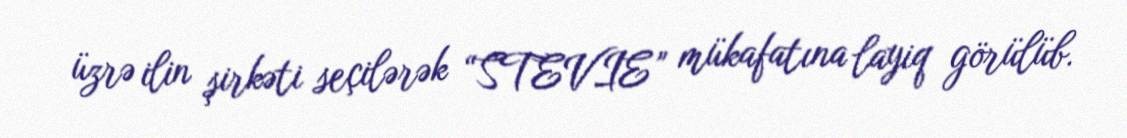
üzrə ilin şirkəti seçilərək “STEVIE” mükafatına layiq görülüb.